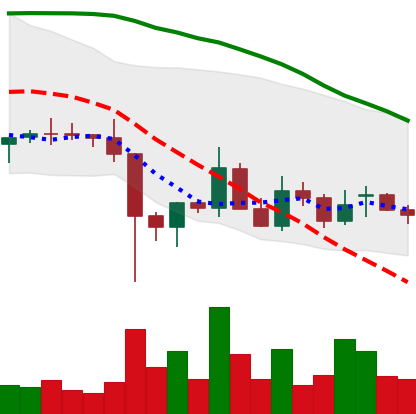
Ticker: EOS-USD
Chart end date: 2021-12-17
Forward return: 6.271%
Label: up_5_7